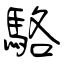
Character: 駱